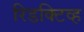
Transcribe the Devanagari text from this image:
रिडक्टिव्ह